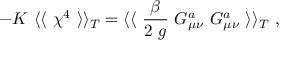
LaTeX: - K ~ \langle \langle ~ \chi ^ { 4 } ~ \rangle \rangle _ { T } = \langle \langle ~ \frac { \beta } { 2 ~ g } ~ G _ { \mu \nu } ^ { a } ~ G _ { \mu \nu } ^ { a } ~ \rangle \rangle _ { T } ~ ,